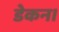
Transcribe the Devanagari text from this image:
डेकन।